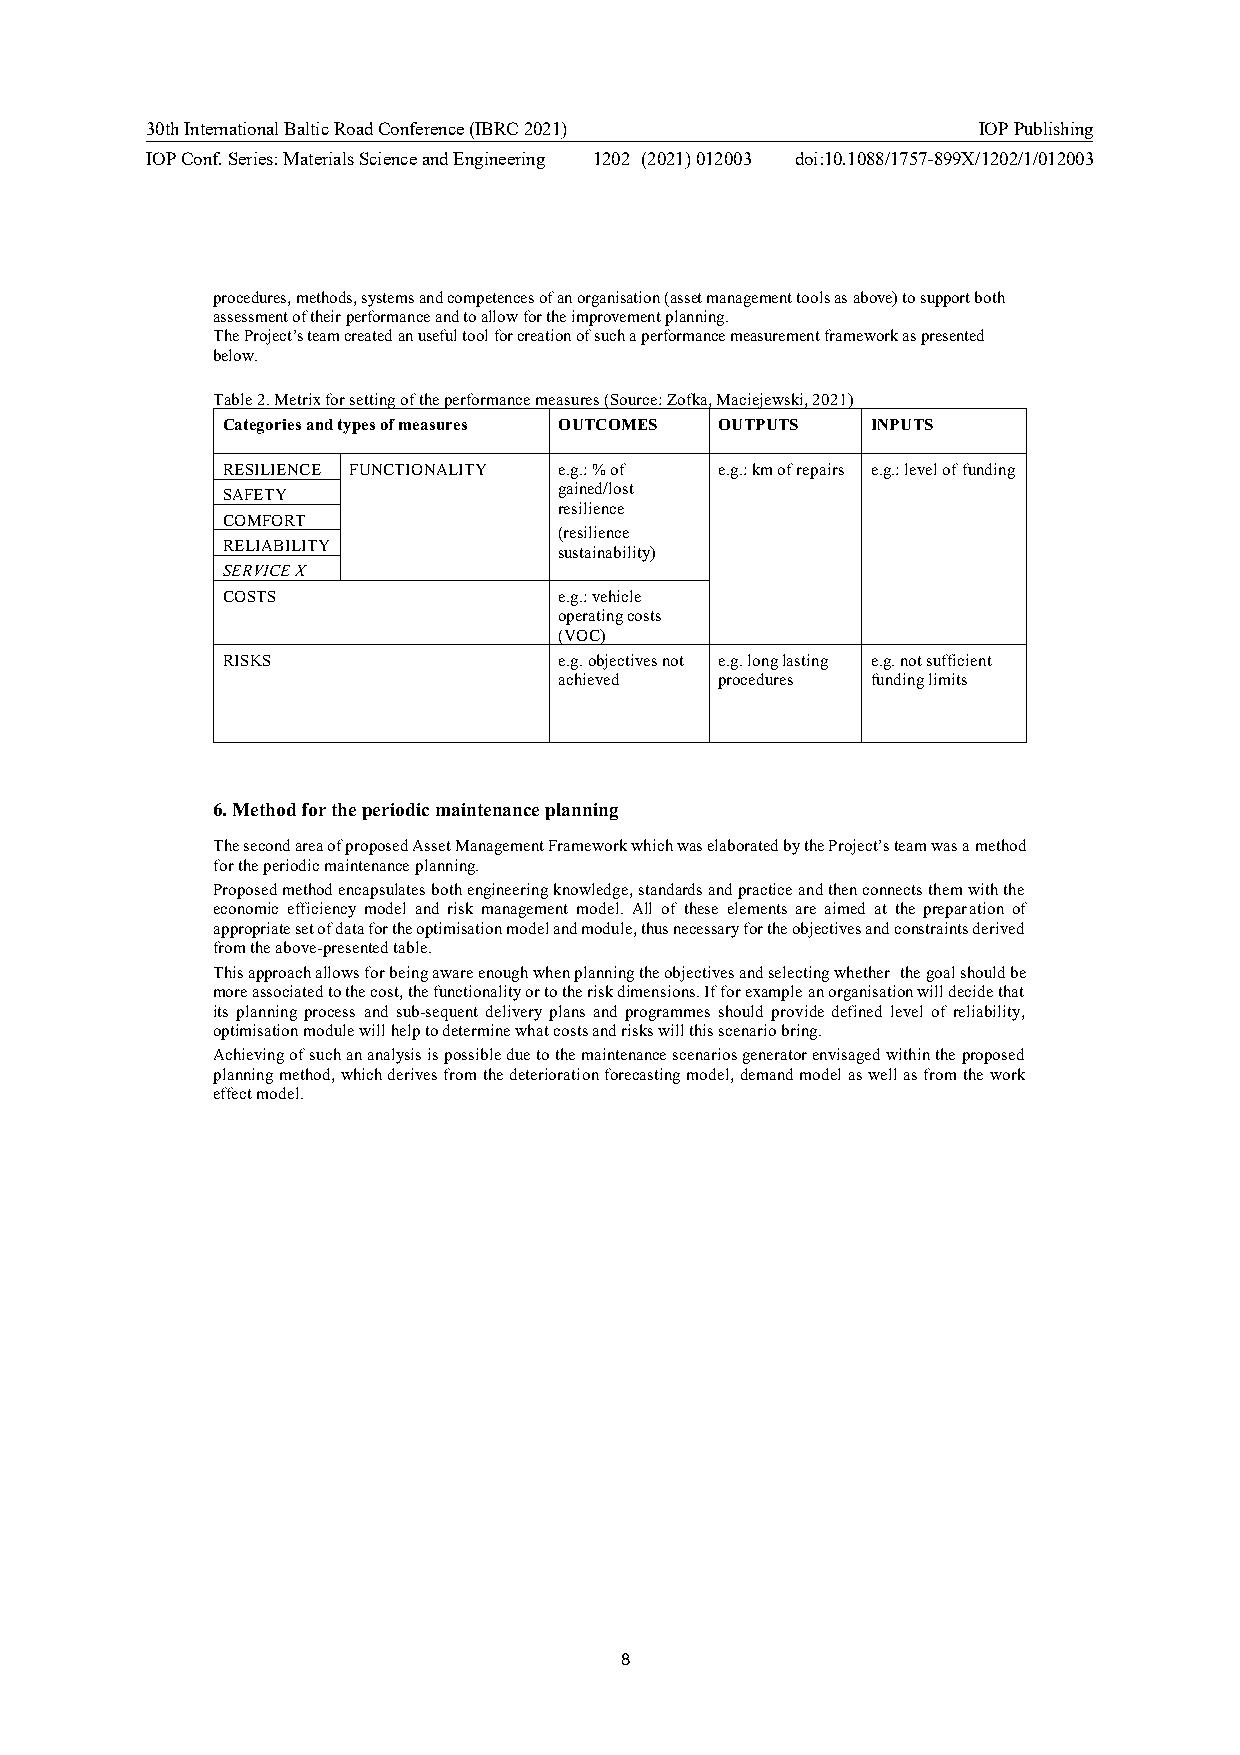
30th International Baltic Road Conference (IBRC 2021)  IOP Publishing
 IOP Conf. Series: Materials Science and Engineering 1202 (2021) 012003 doi:10.1088/1757-899X/1202/1/012003
 procedures, methods, systems and competences of an organisation (asset management tools as above) to support both
 assessment of their performance and to allow for the improvement planning.
 The Project’s team created an useful tool for creation of such a performance measurement framework as presented
 below.
 Table 2. Metrix for setting of the performance measures (Source: Zofka, Maciejewski, 2021)
 Categories and types of measures OUTCOMES OUTPUTS INPUTS
 RESILIENCE FUNCTIONALITY e.g.: % of e.g.: km of repairs e.g.: level of funding
 SAFETY                gained/lost
 resilience
 COMFORT
 (resilience
 RELIABILITY
 sustainability)
 SERVICE X
 COSTS                 e.g.: vehicle
 operating costs
 (VOC)
 RISKS                 e.g. objectives not e.g. long lasting e.g. not sufficient
 achieved   procedures funding limits
 6.Method for the periodic maintenance planning
 The second area of proposed Asset Management Framework which was elaborated by the Project’s team was a method
 for the periodic maintenance planning.
 Proposed method encapsulates both engineering knowledge, standards and practice and then connects them with the
 economic efficiency model and risk management model. All of these elements are aimed at the preparation of
 appropriate set of data for the optimisation model and module, thus necessary for the objectives and constraints derived
 from the above-presented table.
 This approach allows for being aware enough when planning the objectives and selecting whether the goal should be
 more associated to the cost, the functionality or to the risk dimensions. If for example an organisation will decide that
 its planning process and sub-sequent delivery plans and programmes should provide defined level of reliability,
 optimisation module will help to determine what costs and risks will this scenario bring.
 Achieving of such an analysis is possible due to the maintenance scenarios generator envisaged within the proposed
 planning method, which derives from the deterioration forecasting model, demand model as well as from the work
 effect model.
 8